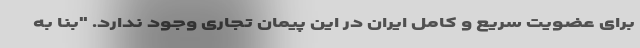
برای عضویت سریع و کامل ایران در این پیمان تجاری وجود ندارد. "بنا به